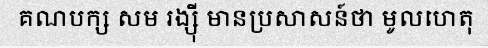
គណបក្ស សម រង្ស៊ី មានប្រសាសន៍ថា មូលហេតុ